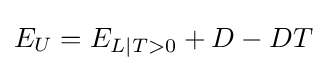
E_{U}=E_{L|T>0}+D-DT